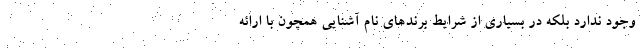
وجود ندارد بلکه در بسیاری از شرایط برندهای نام آشنایی همچون با ارائه